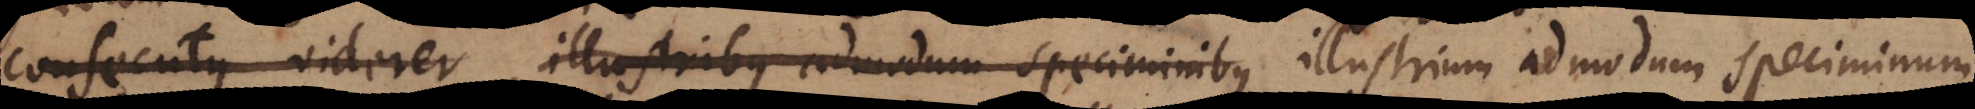
consecutus videres illustribus admodum speciminibus illustrium admodum speciminum